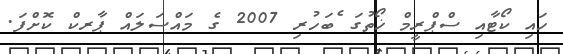
ހައި ކޯޓާއި ސްޕްރީމް ޚޯތުގަ ެބަހުރި 2007 ގެ މައްސަލަައް ޕާރކް ކޮށްފަ.